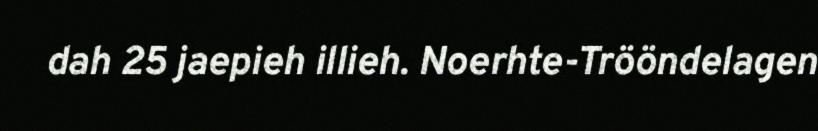
dah 25 jaepieh illieh. Noerhte-Trööndelagen